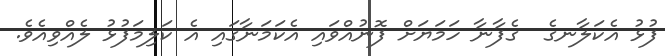
ފުޅު އެކަލާނގެ  ގެފާނާ ހަމަޔަށް ފޮނުއްވައި އެކަމަނާގައި އެ ކަލިމަފުޅު ލެއްވިއެވެ.